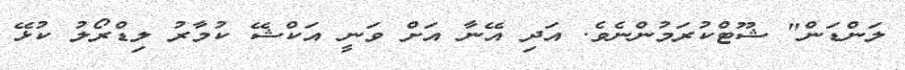
ލަންޑަން" ޝޫޓްކުރަމުންނެވެ. އަދި އޭނާ އަށް ވަނީ އަކްޝޭ ކުމާރު ލިޑްރޯލު ކުޅޭ